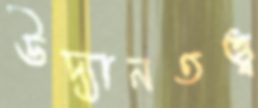
উদ্যানতত্ত্ব